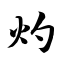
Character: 灼